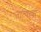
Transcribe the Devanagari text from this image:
तात्याचा